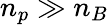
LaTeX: n_{p}\gg n_{B}